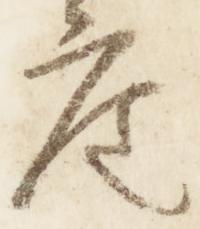
座